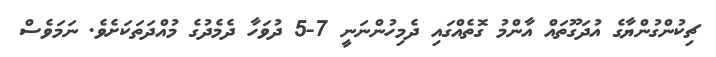
ޗިކުންގުންޔާގެ އުދަގޫތައް އާންމު ގޮތެއްގައި ދެމިހުންނަނީ 7-5 ދުވަހާ ދެމެދުގެ މުއްދަތަކަށެވެ. ނަމަވެސް